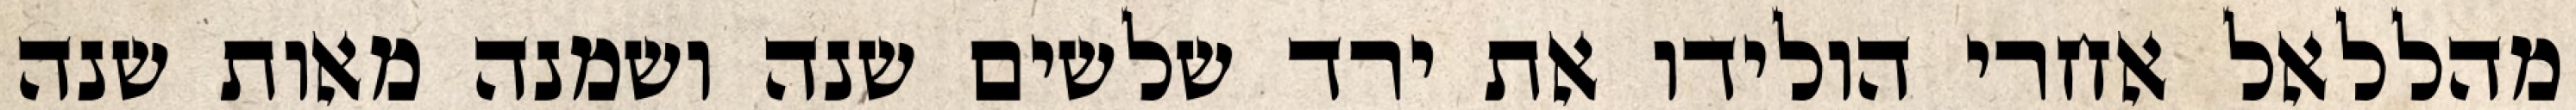
מהללאל אחרי הולידו את ירד שלשים שנה ושמנה מאות שנה